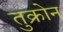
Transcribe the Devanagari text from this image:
तुक्रोन